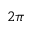
2 \pi